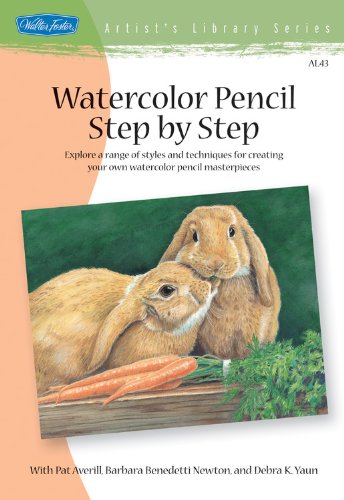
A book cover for Watercolor Pencil Step by Step: Explore a range of styles and techniques for creating your own watercolor pencil masterpieces (Artist's Library); Pat Averill; Arts & Photography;